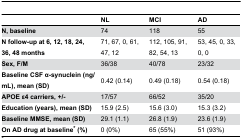
<table><thead><tr><td></td><td><b>NL</b></td><td><b>MCI</b></td><td><b>AD</b></td></tr></thead><tbody><tr><td><b>N, baseline</b></td><td>74</td><td>118</td><td>55</td></tr><tr><td><b>N follow-up at 6, 12, 18, 24, 36, 48 months</b></td><td>71, 67, 0, 61, 47, 12</td><td>112, 105, 91, 82, 54, 13</td><td>53, 45, 0, 33, 0, 0</td></tr><tr><td><b>Sex, F/M</b></td><td>36/38</td><td>40/78</td><td>23/32</td></tr><tr><td><b>Baseline CSF α-synuclein (ng/mL), mean (SD)</b></td><td>0.42 (0.14)</td><td>0.49 (0.18)</td><td>0.54 (0.18)</td></tr><tr><td><b>APOE ε4 carriers, +/-</b></td><td>17/57</td><td>66/52</td><td>35/20</td></tr><tr><td><b>Education (years), mean (SD)</b></td><td>15.9 (2.5)</td><td>15.6 (3.0)</td><td>15.3 (3.2)</td></tr><tr><td><b>Baseline MMSE, mean (SD)</b></td><td>29.1 (1.1)</td><td>26.8 (1.9)</td><td>23.6 (1.9)</td></tr><tr><td><b>On AD drug at baseline* (%)</b></td><td>0 (0%)</td><td>65 (55%)</td><td>51 (93%)</td></tr></tbody></table>